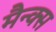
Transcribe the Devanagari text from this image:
मैन्क्स